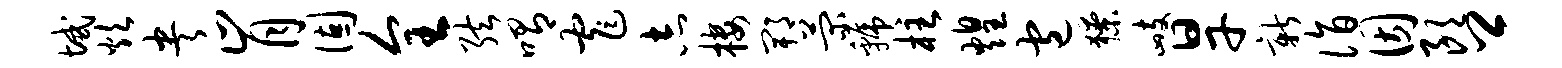
域炊央肯固全弦喟窄志楼郫菊虢柱煌包獠峙旱新诣因朗卿